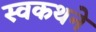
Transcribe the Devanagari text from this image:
स्वकथने